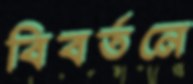
বিবর্তনে